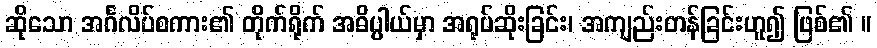
ဆိုသော အင်္ဂလိပ်စကား၏ တိုက်ရိုက် အဓိပ္ပါယ်မှာ အရုပ်ဆိုးခြင်း၊ အကျည်းတန်ခြင်းဟူ၍ ဖြစ်၏ ။